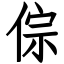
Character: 倧